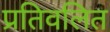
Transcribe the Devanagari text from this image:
प्रतिवलित